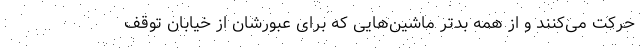
حرکت می‌کنند و از همه بدتر ماشین‌هایی که برای عبورشان از خیابان توقف